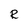
Character: R